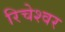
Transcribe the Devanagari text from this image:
रिचेश्वर